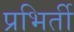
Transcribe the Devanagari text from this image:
प्रभिर्ती